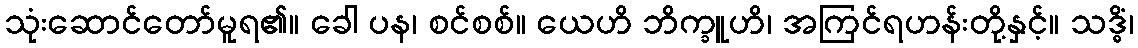
သုံးဆောင်တော်မူရ၏။ ခေါ ပန၊ စင်စစ်။ ယေဟိ ဘိက္ခူဟိ၊ အကြင်ရဟန်းတို့နှင့်။ သဒ္ဓိံ၊